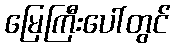
မြေကြီးပေါ်တွင်